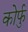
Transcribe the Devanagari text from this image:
कोर्फु